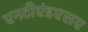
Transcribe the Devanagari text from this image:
एनटीएंडएसए